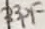
Text: 33pF